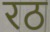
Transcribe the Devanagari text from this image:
रठ